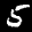
Label: 5